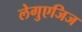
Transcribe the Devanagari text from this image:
लेगुएजिज